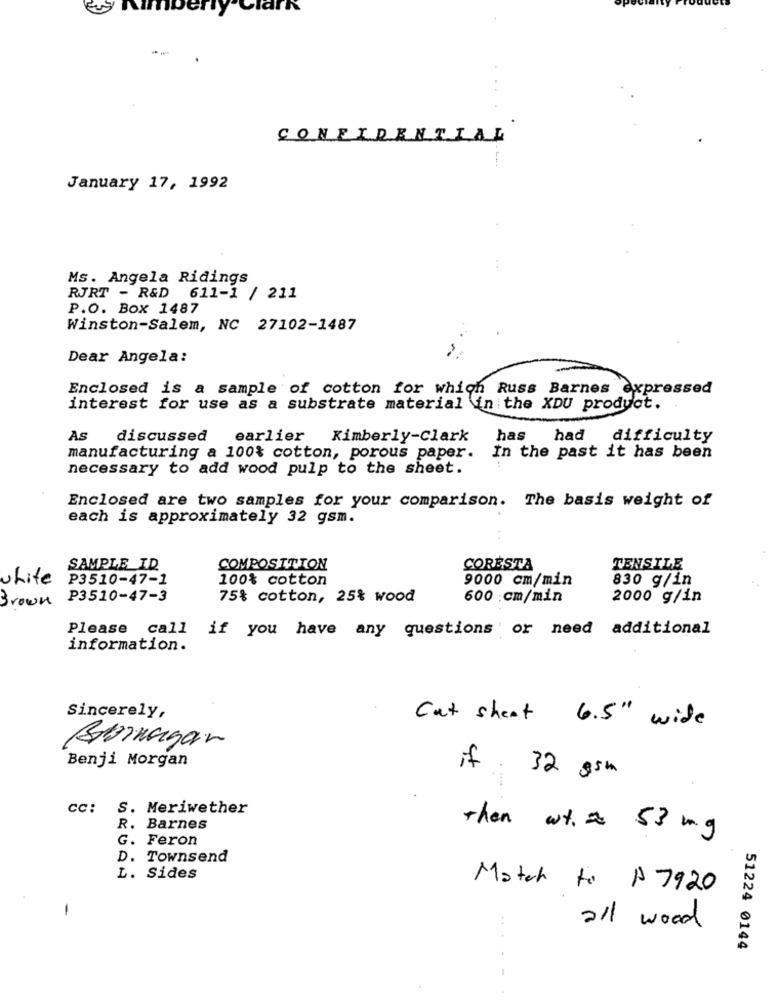
Park
CONFIDENTIAL
January 17, 1992
Ms. Angela Ridings
RJRT - R&D 611-1 / 211
P.O. Box 1487
Winston-Salem, NC 27102-1487
Dear Angela:
Enclosed is a sample of cotton for which Russ Barnes expressed
interest for use as a substrate material in the XDU product.
As
discussed
earlier Kimberly-Clark
has had difficulty
manufacturing a 100% cotton, porous paper.
In the past it has been
necessary to add wood pulp to the sheet.
Enclosed are two samples for your comparison. The basis weight of
each is approximately 32 gsm.
..
SAMPLE_ID
COMPOSITION
CORESTA
TENSILE
white
P3510-47-1
100% cotton
9000 cm/min
830 g/in
Brown P3510-47-3
75% cotton, 25% wood
600 cm/min
2000 g/in
Please call
if you have any questions or need additional
information.
Sincerely,
Cat sheet 6.5" wide
Bornagain
Benji Morgan
if. 32 gsm
cc:
S. Meriwether
R. Barnes
then wt. a 53 mg
G. Feron
D. Townsend
L. Sides
Match to A 7920
-
all wood
51224 0144
....-